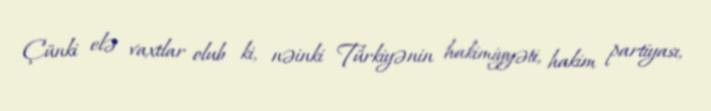
Çünki elə vaxtlar olub ki, nəinki Türkiyənin hakimiyyəti, hakim partiyası,